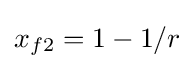
x_{f2}=1-1/r